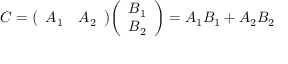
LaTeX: C = { \left( \begin{array} { l l } { A _ { 1 } } & { A _ { 2 } } \end{array} \right) } { \left( \begin{array} { l } { B _ { 1 } } \\ { B _ { 2 } } \end{array} \right) } = A _ { 1 } B _ { 1 } + A _ { 2 } B _ { 2 }